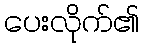
ပေးလိုက်၏